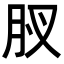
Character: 𮌋